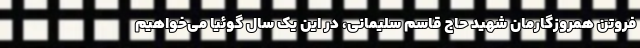
فروتن همروزگارمان شهید حاج قاسم سلیمانی، در این یک سال گوئیا می‌خواهیم